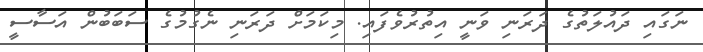
ނަގައި ދައުލަތުގެ ދަރަނި ވަނީ އިތުރުވެފައި. މިކަމަށް ދަރަނި ނެގުމުގެ ސަބަބުން އަސާސީ